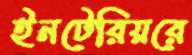
ইনটেরিয়রে